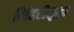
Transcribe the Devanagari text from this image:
विहिरीसुद्धा